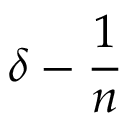
\delta - { \frac { 1 } { n } }